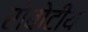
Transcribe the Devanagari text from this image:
रोबोटीय